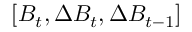
[ B _ { t } , \Delta B _ { t } , \Delta B _ { t - 1 } ]